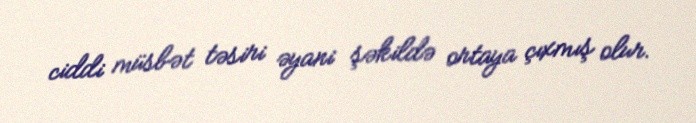
ciddi müsbət təsiri əyani şəkildə ortaya çıxmış olur.